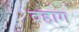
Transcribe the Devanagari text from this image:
वहाग